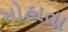
મોહાતા